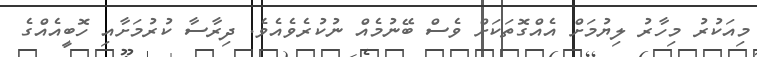
މިއަކުރު މިހާރު ލިޔުމަށް އެއްގޮތަކަށް ވެސް ބޭނުމެއް ނުކުރެވެއެވެ. ދިރާސާ ކުރުމަށާއި ހޮބީއެއްގެ